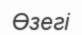
Өзегі